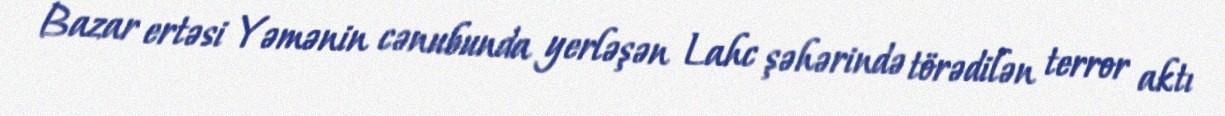
Bazar ertəsi Yəmənin cənubunda yerləşən Lahc şəhərində törədilən terror aktı